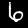
Label: 6